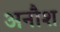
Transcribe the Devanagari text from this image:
अनौश